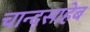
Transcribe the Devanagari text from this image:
चान्द्साहेब